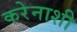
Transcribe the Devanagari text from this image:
करेनाशी